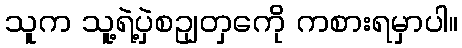
သူက သူ့ရဲ့ပှဲစဥျတှကေို ကစားရမှာပါ။